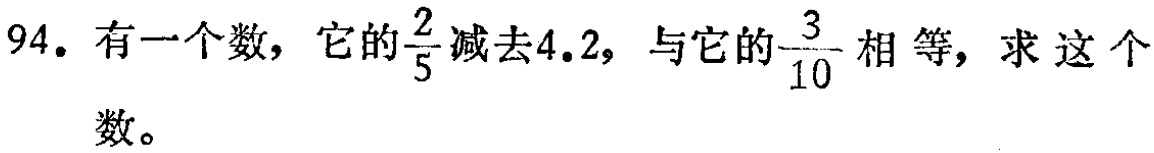
94. 有一个数，它的$\frac{2}{5}$减去4.2，与它的$\frac{3}{10}$相等，求这个数。